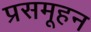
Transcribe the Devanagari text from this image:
प्रसमूहन